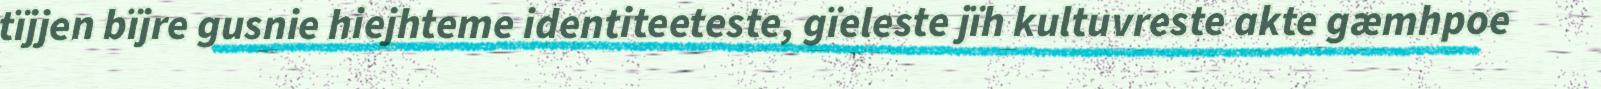
tïjjen bïjre gusnie hiejhteme identiteeteste, gïeleste jïh kultuvreste akte gæmhpoe